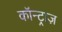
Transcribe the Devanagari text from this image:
कॉन्ट्राज़